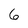
Character: 6